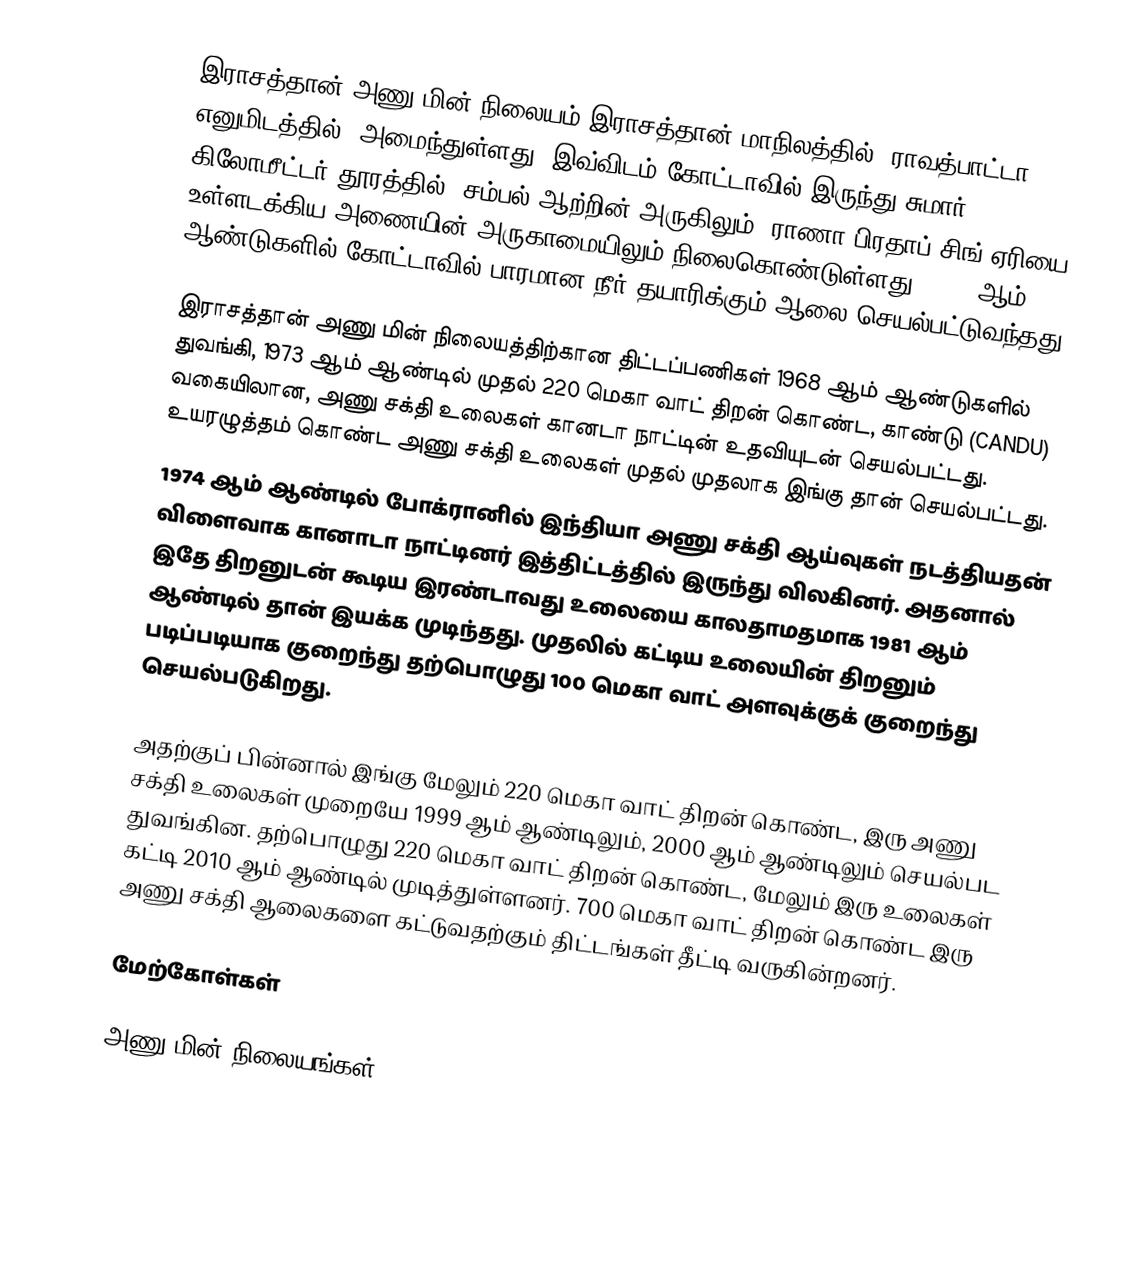
இராசத்தான் அணு மின் நிலையம் இராசத்தான் மாநிலத்தில், ராவத்பாட்டா எனுமிடத்தில், அமைந்துள்ளது. இவ்விடம் கோட்டாவில் இருந்து சுமார் 65 கிலோமீட்டர் தூரத்தில், சம்பல் ஆற்றின் அருகிலும், ராணா பிரதாப் சிங் ஏரியை உள்ளடக்கிய அணையின் அருகாமையிலும் நிலைகொண்டுள்ளது. 1980 ஆம் ஆண்டுகளில் கோட்டாவில் பாரமான நீர் தயாரிக்கும் ஆலை செயல்பட்டுவந்தது.

இராசத்தான் அணு மின் நிலையத்திற்கான திட்டப்பணிகள் 1968 ஆம் ஆண்டுகளில் துவங்கி, 1973 ஆம் ஆண்டில் முதல் 220 மெகா வாட் திறன் கொண்ட, காண்டு (CANDU) வகையிலான, அணு சக்தி உலைகள் கானடா நாட்டின் உதவியுடன் செயல்பட்டது. உயரழுத்தம் கொண்ட அணு சக்தி உலைகள் முதல் முதலாக இங்கு தான் செயல்பட்டது.
1974 ஆம் ஆண்டில் போக்ரானில் இந்தியா அணு சக்தி ஆய்வுகள் நடத்தியதன் விளைவாக கானாடா நாட்டினர் இத்திட்டத்தில் இருந்து விலகினர். அதனால் இதே திறனுடன் கூடிய இரண்டாவது உலையை காலதாமதமாக 1981 ஆம் ஆண்டில் தான் இயக்க முடிந்தது. முதலில் கட்டிய உலையின் திறனும் படிப்படியாக குறைந்து தற்பொழுது 100 மெகா வாட் அளவுக்குக் குறைந்து செயல்படுகிறது.

அதற்குப் பின்னால் இங்கு மேலும் 220 மெகா வாட் திறன் கொண்ட, இரு அணு சக்தி உலைகள் முறையே 1999 ஆம் ஆண்டிலும், 2000 ஆம் ஆண்டிலும் செயல்பட துவங்கின. தற்பொழுது 220 மெகா வாட் திறன் கொண்ட, மேலும் இரு உலைகள் கட்டி 2010 ஆம் ஆண்டில் முடித்துள்ளனர். 700 மெகா வாட் திறன் கொண்ட இரு அணு சக்தி ஆலைகளை கட்டுவதற்கும் திட்டங்கள் தீட்டி வருகின்றனர்.

மேற்கோள்கள்

அணு மின் நிலையங்கள்